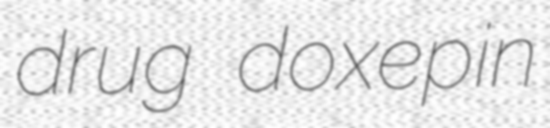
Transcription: drug doxepin